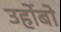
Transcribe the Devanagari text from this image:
उर्होबो